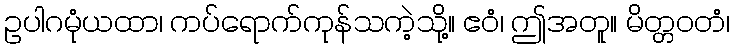
ဥပါဂမုံယထာ၊ ကပ်ရောက်ကုန်သကဲ့သို့။ ဧဝံ၊ ဤအတူ။ မိတ္တဝတံ၊